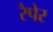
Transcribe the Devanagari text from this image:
रैपेर